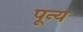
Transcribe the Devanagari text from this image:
पून्य